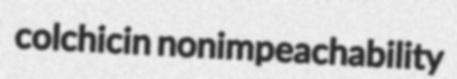
colchicin nonimpeachability